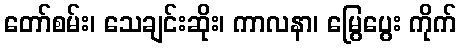
တော်စမ်း၊ သေချင်းဆိုး၊ ကာလနာ၊ မြွေပွေး ကိုက်